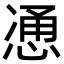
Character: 𫺩